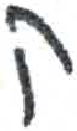
אות: ק